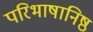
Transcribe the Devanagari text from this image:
परिभाषानिष्ठ